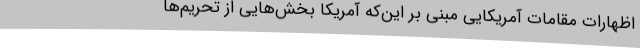
اظهارات مقامات آمریکایی مبنی بر این‌که آمریکا بخش‌هایی از تحریم‌ها